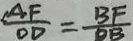
\frac { A F } { O D } = \frac { B F } { O B }